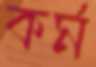
কর্ম